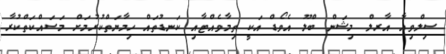
ސިލްވިއާ އާރލް މިޝަން ބްލޫ އެވޯޑް އަކީ ތިމާވެއްޓާއި ކަނޑުތައް ހިމާޔަތްކުރުމަށް މަސައްކަތްކުރާ